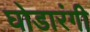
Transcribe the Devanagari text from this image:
घोडारंगी